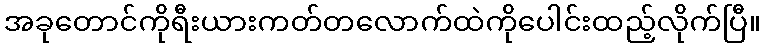
အခုတောင်ကိုရီးယားကတ်တလောက်ထဲကိုပေါင်းထည့်လိုက်ပြီ။